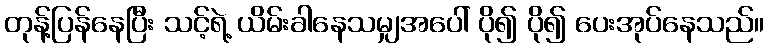
တုန့်ပြန်နေပြီး သင့်ရဲ့ ယိမ်းခါနေသမျှအပေါ် ပို၍ ပို၍ ပေးအုပ်နေသည်။